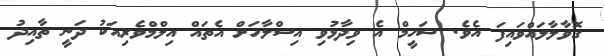
ގޮވާލާލައްވައިފަ އެވެ. ޝަހީމް އެ ވިދާޅުވި އިސްލާހަށް އެތައް އިލްމްވެރިއަކު ދަނީ ތާއިދު